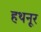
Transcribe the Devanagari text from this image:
हथनूर